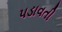
પડાવતી